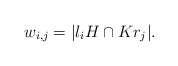
\begin{align*}w_{i,j} = |l_iH \cap K r_j|.\end{align*}